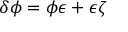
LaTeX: \delta \phi = \phi \epsilon + \epsilon \zeta